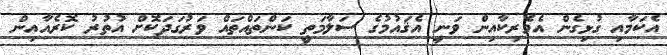
އެކަމާއި ގުޅިގެން އެމެރިކާއިން ވަނީ އެޤައުމުގެ ސަލާމަތީ ކަންތައްތައް ވަރުގަދަކޮށް އުތުރު ކޮރެއާއިން